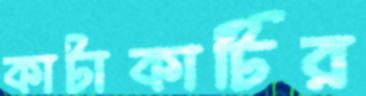
কাটাকাটির